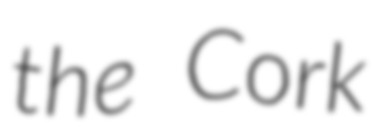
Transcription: the Cork